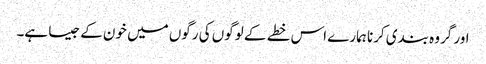
اور گروہ بندی کرنا ہمارے اس خطے کے لوگوں کی رگوں میں خون کے جیسا ہے۔